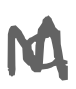
Text: a
Cross-out: mix
Writing tool: digital_gray